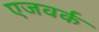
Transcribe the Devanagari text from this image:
एजवर्क